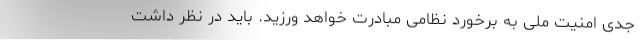
جدّی امنیتِ ملی به برخورد نظامی مبادرت خواهد ورزید. باید در نظر داشت